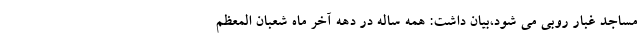
مساجد غبار روبی می شود،بیان داشت: همه ساله در دهه آخر ماه شعبان المعظم